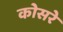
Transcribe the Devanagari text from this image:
कोसरे